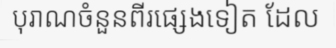
បុរាណចំនួនពីរផ្សេងទៀត ដែល